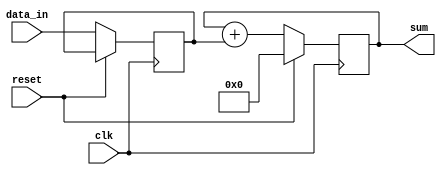
module accumulator(
    input clk,
    input reset,
    input signed [31:0] data_in,
    output reg signed [31:0] sum
);

reg signed [31:0] data_reg;
reg signed [31:0] counter;

always @(posedge clk) begin
    if (reset) begin
        sum <= 0;
        counter <= 0;
    end else begin
        data_reg <= data_in;
        counter <= counter + 1;
        sum <= sum + data_reg;
    end
end

endmodule